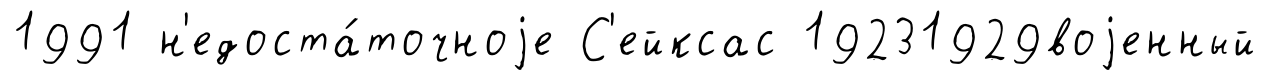
1991 н'едоста́точноjе С'ейксас 19231929воjенный